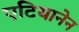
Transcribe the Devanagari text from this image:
एटियानेन